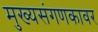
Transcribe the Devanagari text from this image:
मुख्यसंगणकावर